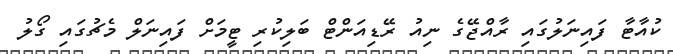
ކުއާޓާ ފައިނަލުގައި ރާއްޖޭގެ ނިއު ރޭޑިއަންޓް ބަލިކުރި ޓީމަށް ފައިނަލް މެޗުގައި ގޯލު